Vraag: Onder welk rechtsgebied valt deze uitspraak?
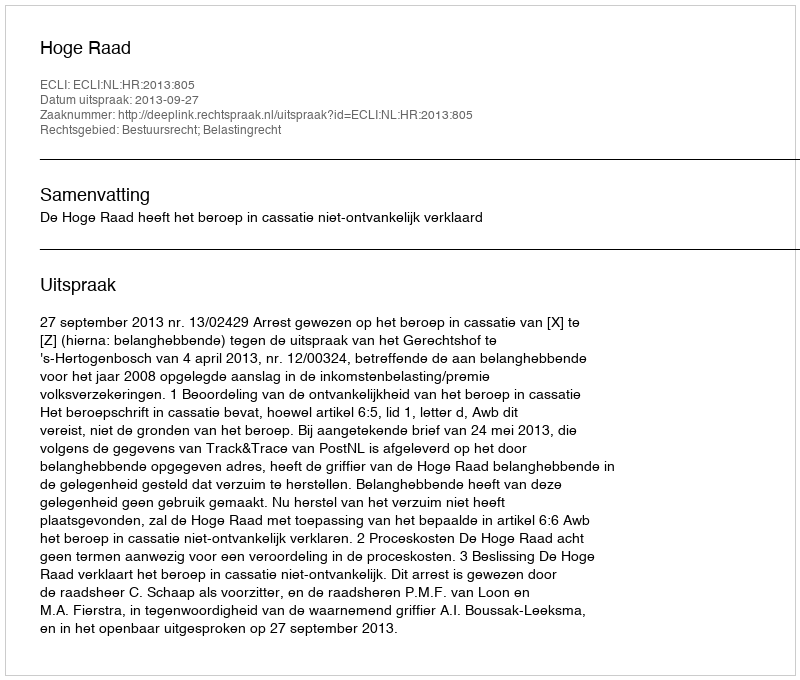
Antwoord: Bestuursrecht; Belastingrecht